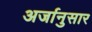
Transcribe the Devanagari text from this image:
अर्जानुसार